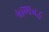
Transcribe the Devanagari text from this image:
श्रेणिबद्ध